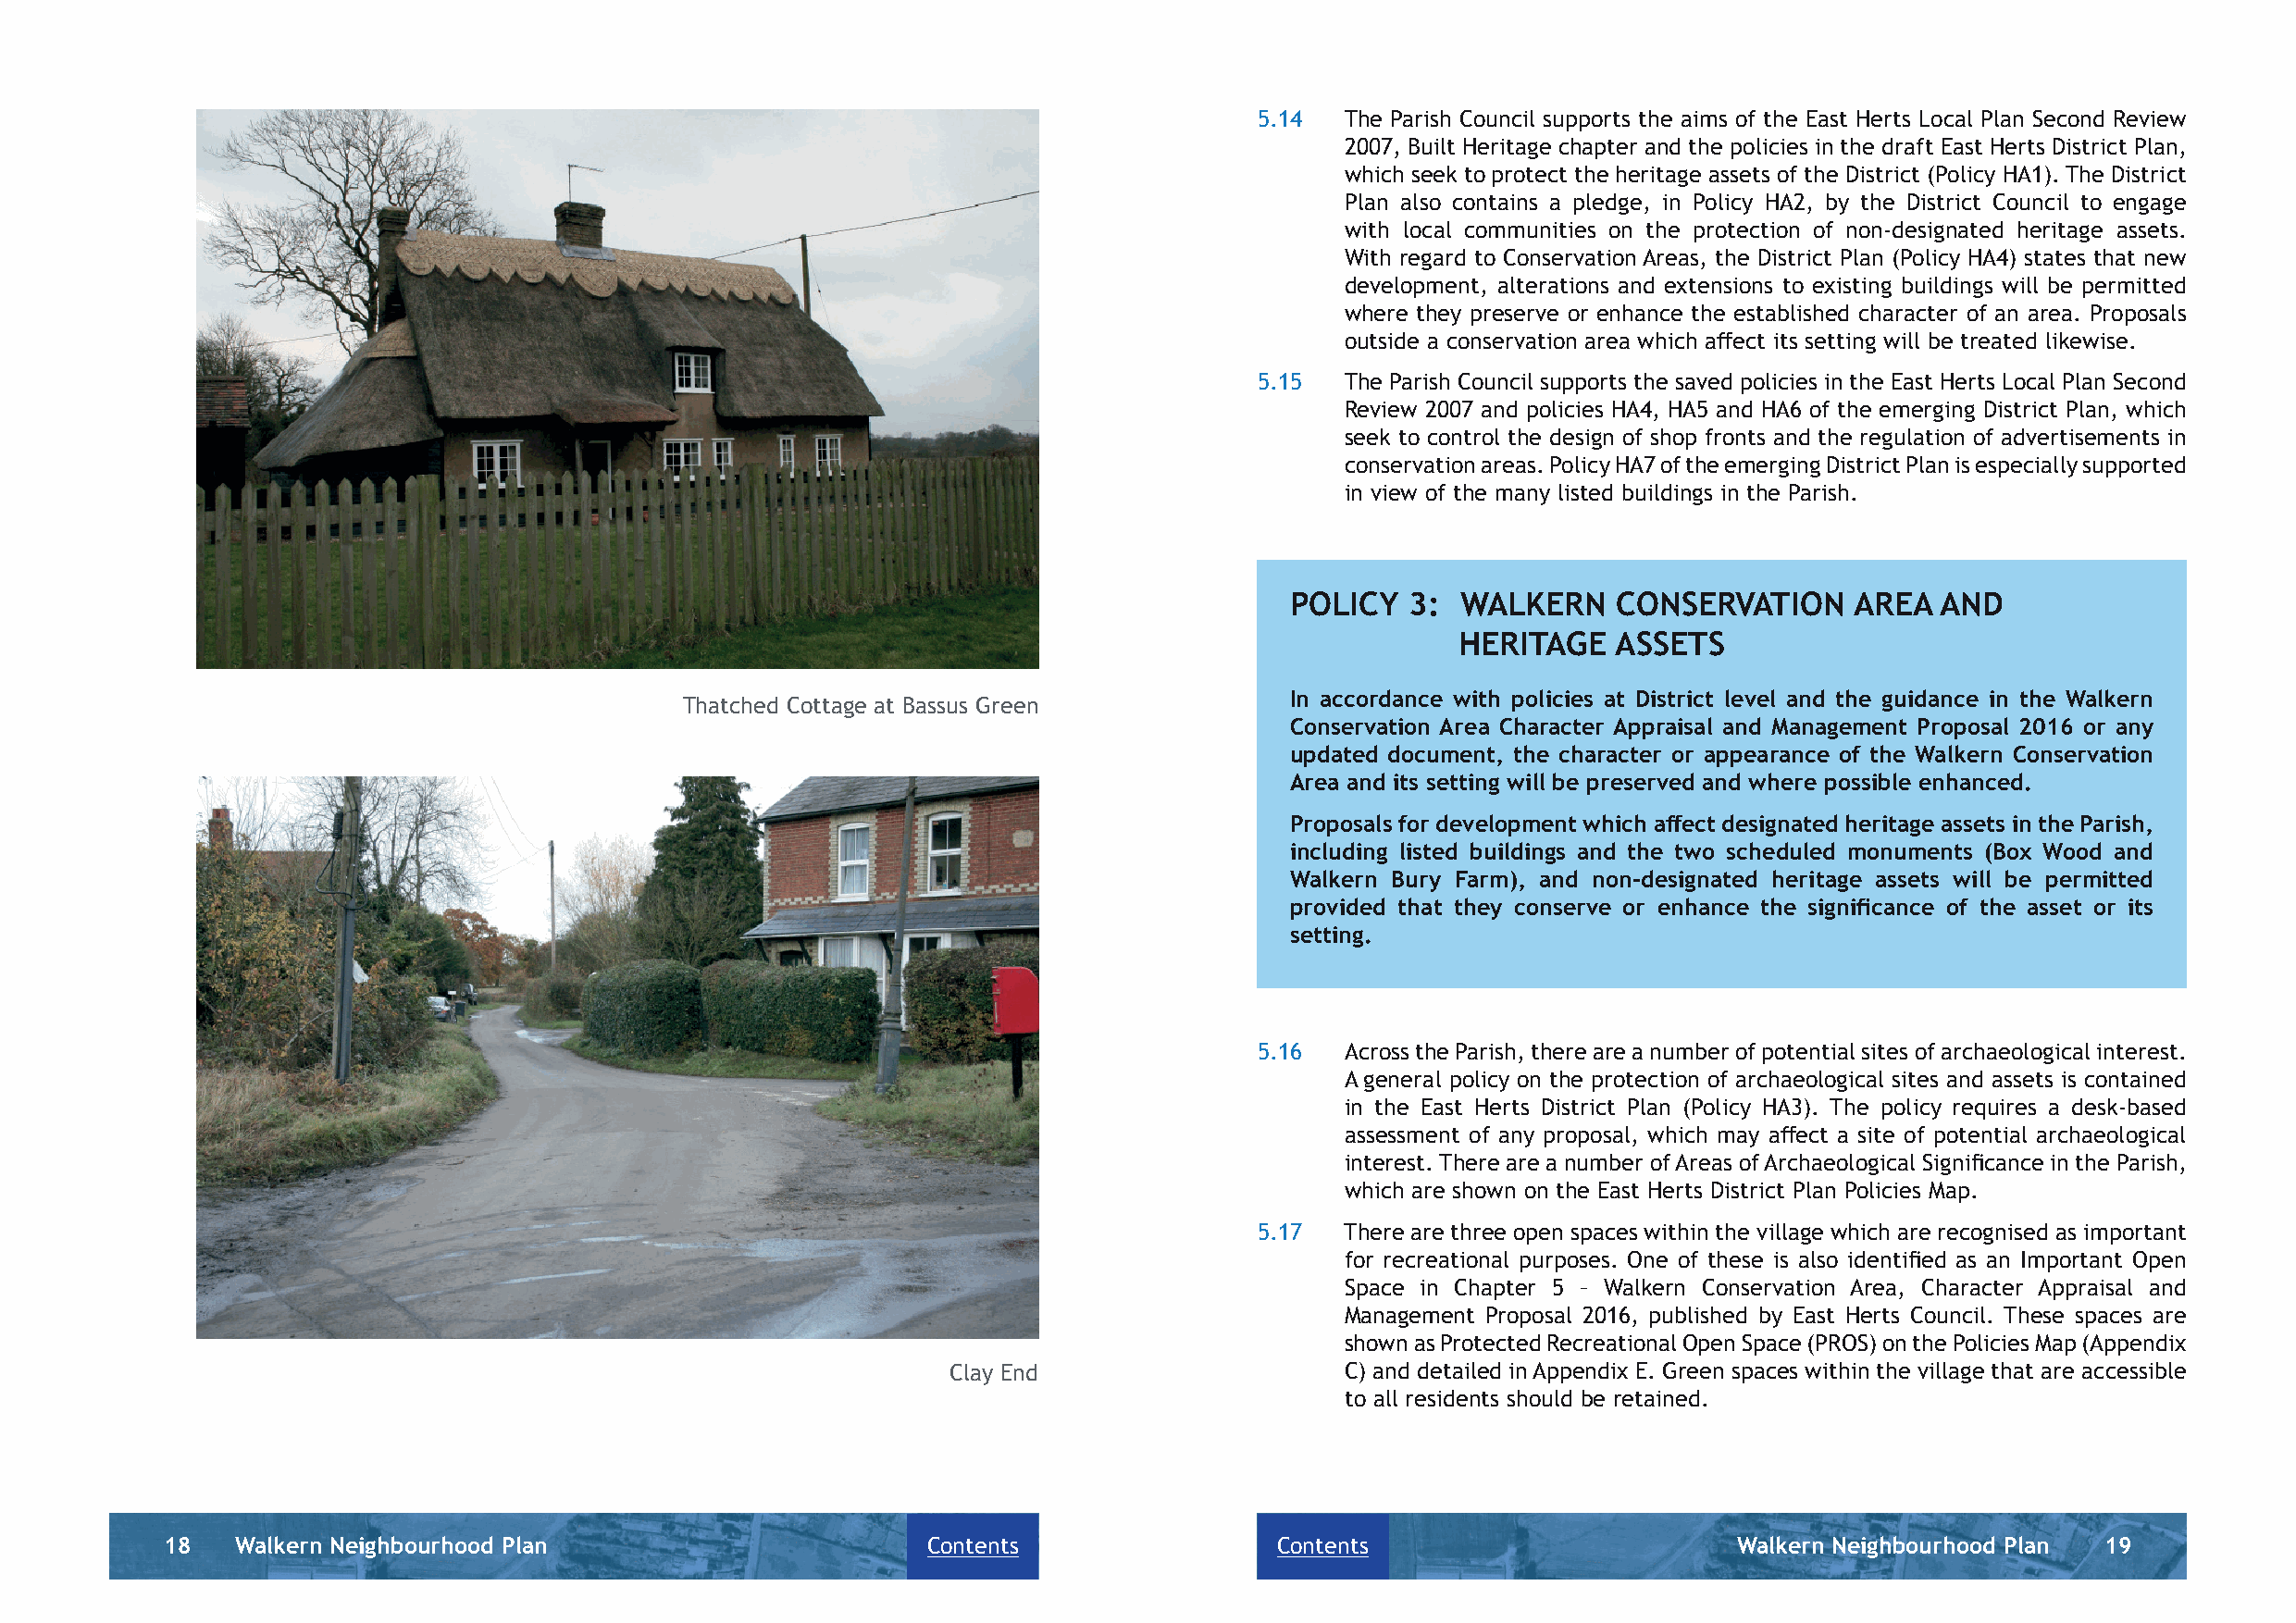
5.14  The Parish Council supports the aims of the East Herts Local Plan Second Review
 2007, Built Heritage chapter and the policies in the draft East Herts District Plan,
 which seek to protect the heritage assets of the District (Policy HA1). The District
 Plan also contains a pledge, in Policy HA2, by the District Council to engage
 with local communities on the protection of non-designated heritage assets.
 With regard to Conservation Areas, the District Plan (Policy HA4) states that new
 development, alterations and extensions to existing buildings will be permitted
 where they preserve or enhance the established character of an area. Proposals
 outside a conservation area which aff ect its setting will be treated likewise.
 5.15  The Parish Council supports the saved policies in the East Herts Local Plan Second
 Review 2007 and policies HA4, HA5 and HA6 of the emerging District Plan, which
 seek to control the design of shop fronts and the regulation of advertisements in
 conservation areas. Policy HA7 of the emerging District Plan is especially supported
 in view of the many listed buildings in the Parish.
 POLICY   3: WALKERN     CONSERVATION     AREA  AND
 HERITAGE    ASSETS
 In accordance with policies at District level and the guidance in the Walkern
 Thatched Cottage at Bassus Green
 Conservation Area Character Appraisal and Management Proposal 2016 or any
 updated document, the character or appearance of the Walkern Conservation
 Area and its setting will be preserved and where possible enhanced.
 Proposals for development which aff ect designated heritage assets in the Parish,
 including listed buildings and the two scheduled monuments (Box Wood and
 Walkern Bury Farm), and non-designated heritage assets will be permitted
 provided that they conserve or enhance the signifi cance of the asset or its
 setting.
 5.16  Across the Parish, there are a number of potential sites of archaeological interest.
 A general policy on the protection of archaeological sites and assets is contained
 in the East Herts District Plan (Policy HA3). The policy requires a desk-based
 assessment of any proposal, which may aff ect a site of potential archaeological
 interest. There are a number of Areas of Archaeological Signifi cance in the Parish,
 which are shown on the East Herts District Plan Policies Map.
 5.17  There are three open spaces within the village which are recognised as important
 for recreational purposes. One of these is also identifi ed as an Important Open
 Space in Chapter 5 – Walkern Conservation Area, Character Appraisal and
 Management Proposal 2016, published by East Herts Council. These spaces are
 shown as Protected Recreational Open Space (PROS) on the Policies Map (Appendix
 Clay End                    C) and detailed in Appendix E. Green spaces within the village that are accessible
 to all residents should be retained.
 18   Walkern Neighbourhood Plan                       Contents                 Contents                         Walkern Neighbourhood Plan 19